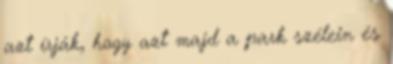
azt írják, hogy azt majd a park szélein és